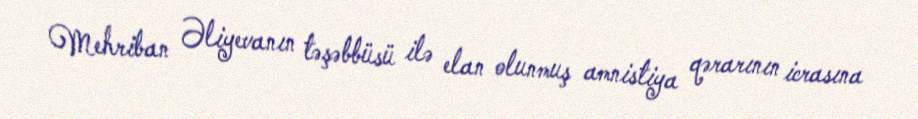
Mehriban Əliyevanın təşəbbüsü ilə elan olunmuş amnistiya qərarının icrasına